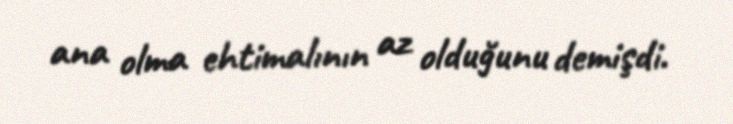
ana olma ehtimalının az olduğunu demişdi.